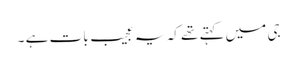
جی میں کہتے تھے کہ یہ عجیب بات ہے ۔